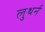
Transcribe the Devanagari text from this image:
लुथर्न